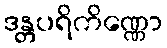
ဒန္တပရိကိဏ္ဏော